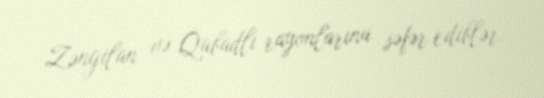
Zəngilan və Qubadlı rayonlarına səfər ediblər.